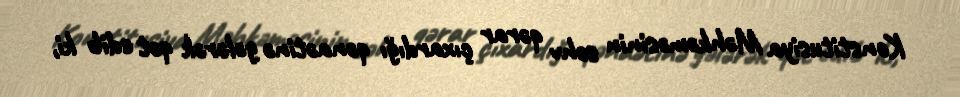
Konstitusiya Məhkəməsinin səhv qərar çıxardığı qənaətinə gələrək qət edib ki,